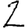
Digit: 2